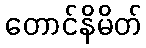
တောင်နိမိတ်